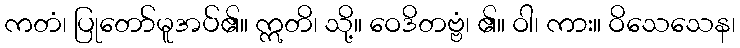
ကတံ၊ ပြုတော်မူအပ်၏။ ဣတိ၊ သို့။ ဝေဒိတဗ္ဗံ၊ ၏။ ဝါ၊ ကား။ ဝိသေသေန၊